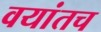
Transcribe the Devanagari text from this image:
वयांतच